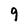
Character: 9